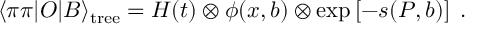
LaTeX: \langle \pi \pi | O | B \rangle _ { \mathrm { t r e e } } = H ( t ) \otimes \phi ( x , b ) \otimes \exp \left[ - s ( P , b ) \right] \; .